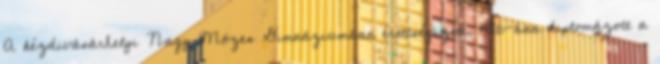
A kézdivásárhelyi Nagy Mózes Gimnáziumban érettségizett, 1976-ban diplomázott a